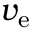
v _ { \mathrm { e } }